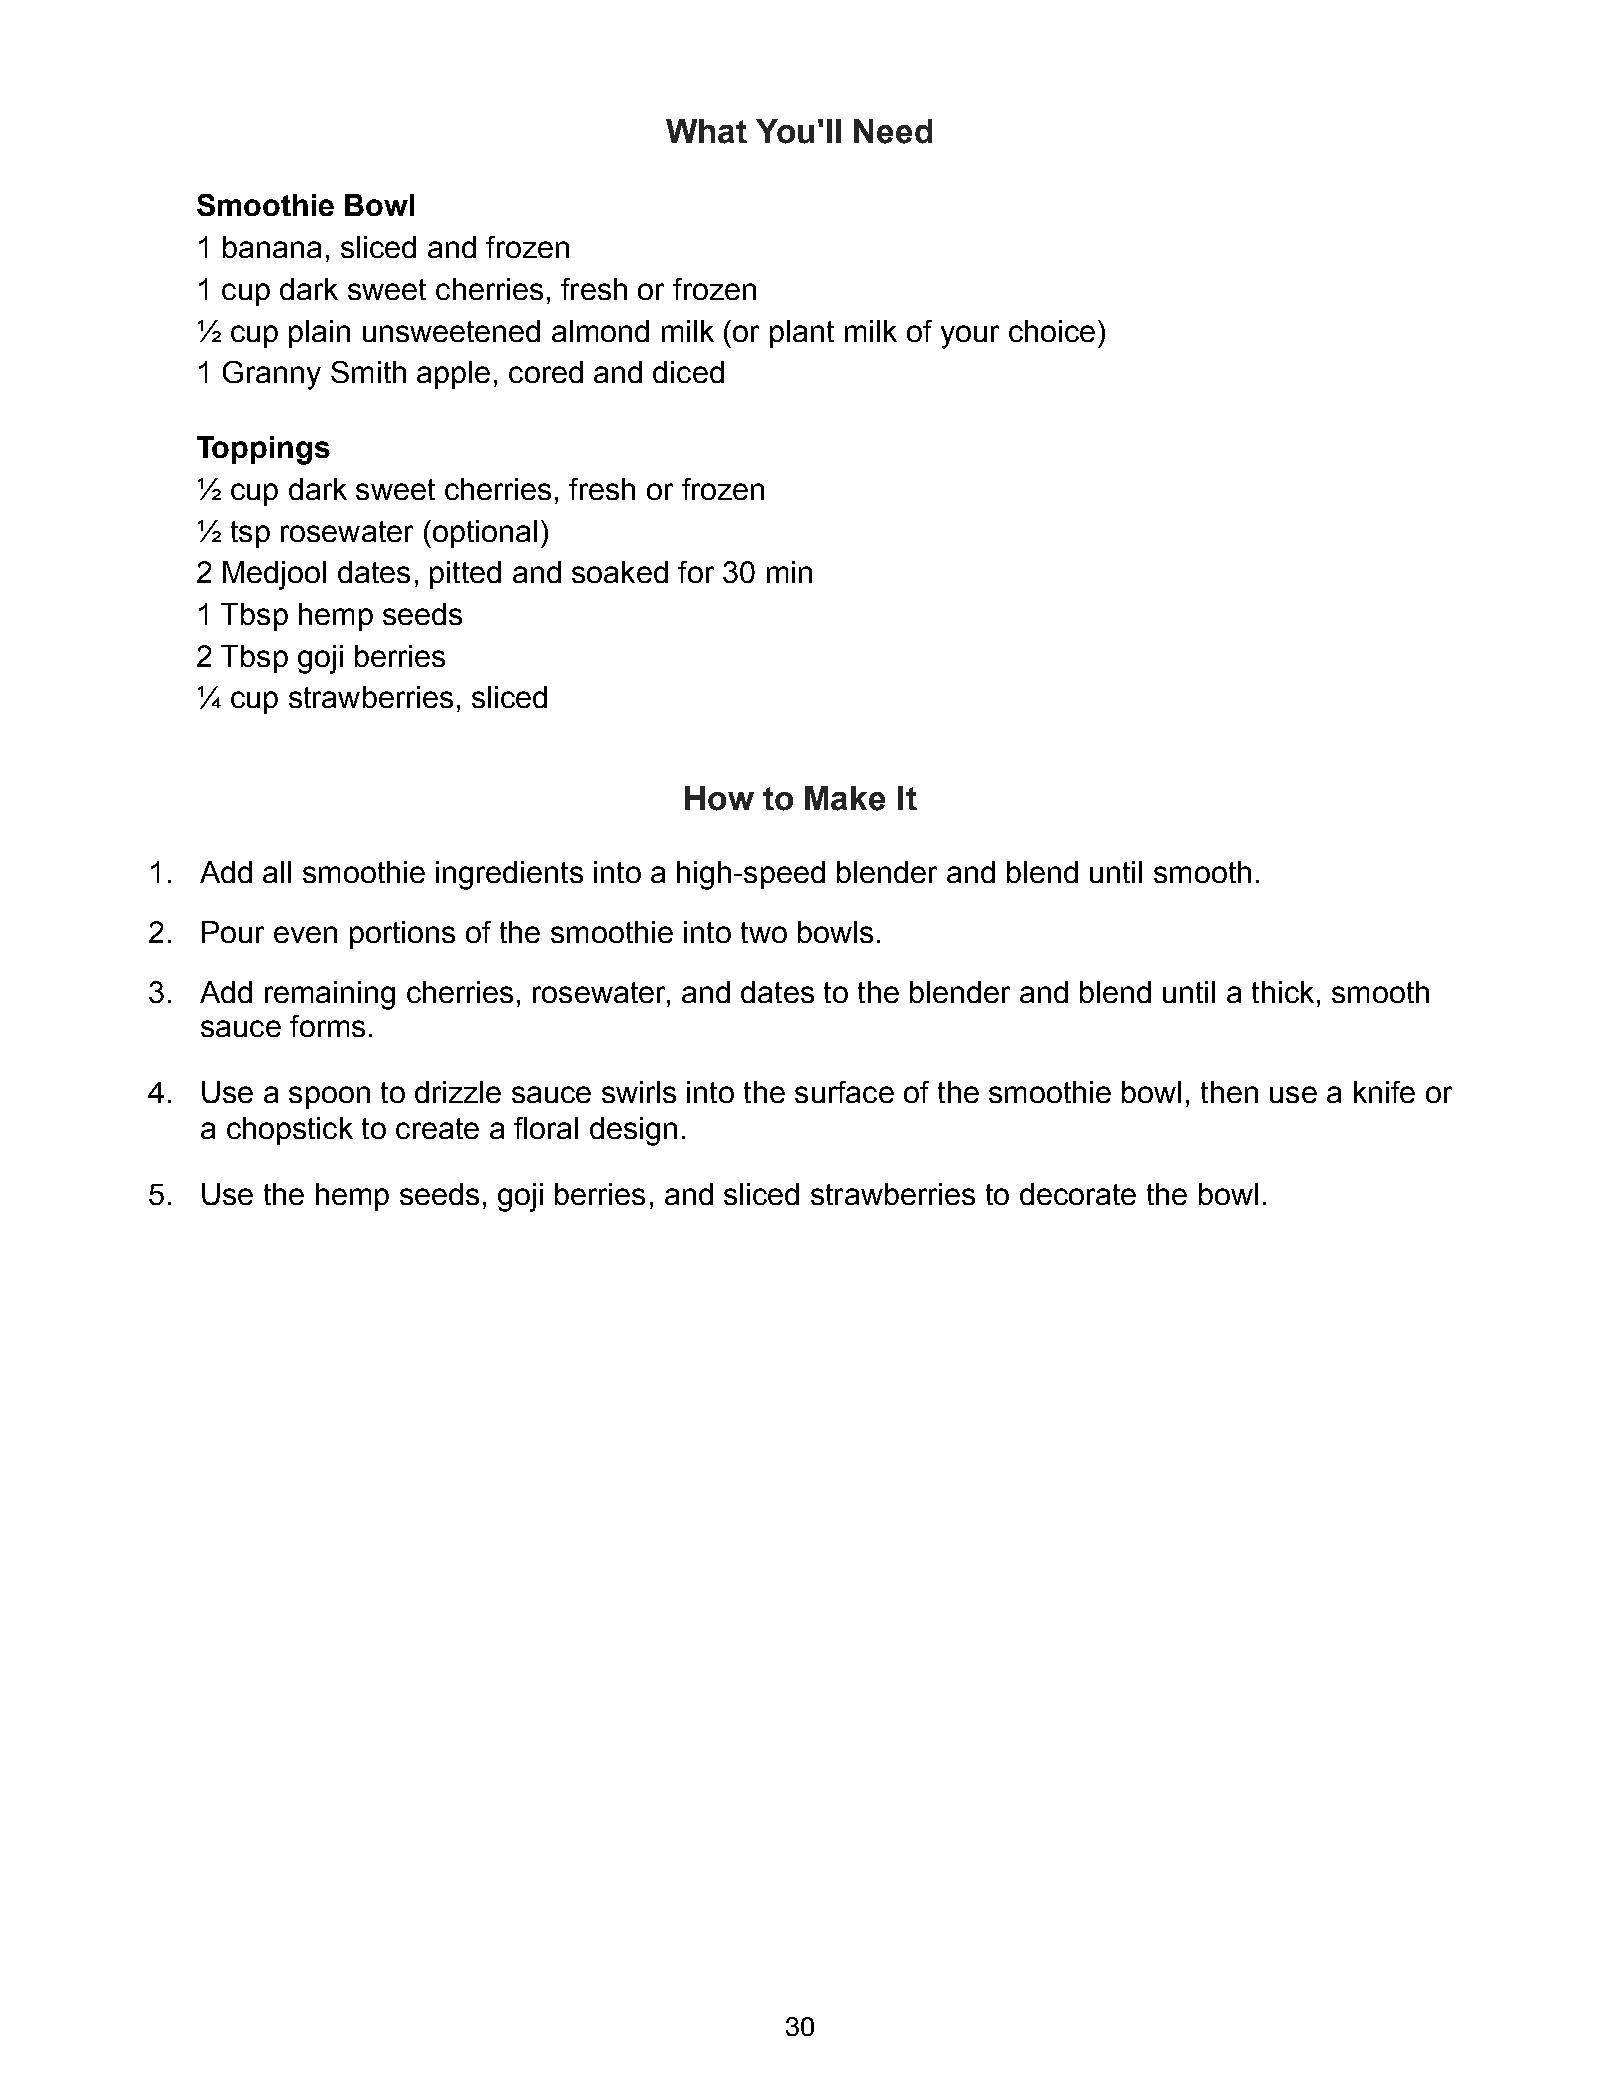
What  You'll Need
 Smoothie  Bowl
 1 banana, sliced and frozen
 1 cup dark sweet cherries, fresh or frozen
 ½ cup plain unsweetened almond milk (or plant milk of your choice)
 1 Granny Smith apple, cored and diced
 Toppings
 ½ cup dark sweet cherries, fresh or frozen
 ½ tsp rosewater (optional)
 2 Medjool dates, pitted and soaked for 30 min
 1 Tbsp hemp seeds
 2 Tbsp goji berries
 ¼ cup strawberries, sliced
 How   to Make It
 1. Add all smoothie ingredients into a high-speed blender and blend until smooth.
 2. Pour even portions of the smoothie into two bowls.
 3. Add remaining cherries, rosewater, and dates to the blender and blend until a thick, smooth
 sauce forms.
 4. Use a spoon to drizzle sauce swirls into the surface of the smoothie bowl, then use a knife or
 a chopstick to create a floral design.
 5. Use the hemp seeds, goji berries, and sliced strawberries to decorate the bowl.
 30